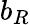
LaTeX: b_{R}